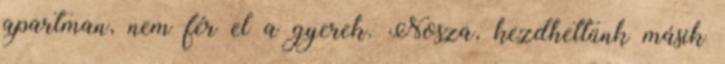
apartman, nem fér el a gyerek. Nosza, kezdhettünk másik